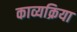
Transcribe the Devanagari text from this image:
काव्यक्रिया